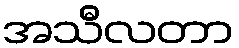
အသီလတာ